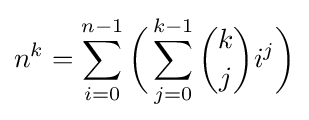
n^{k}=\sum _{i=0}^{n-1}{\biggl (}\sum _{j=0}^{k-1}{\binom {k}{j}}i^{j}{\biggr )}